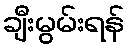
ချီးမွမ်းရန်